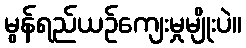
မွန်ရည်ယဉ်ကျေးမှုမျိုးပဲ။